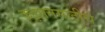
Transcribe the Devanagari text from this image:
कझानसाठीचे